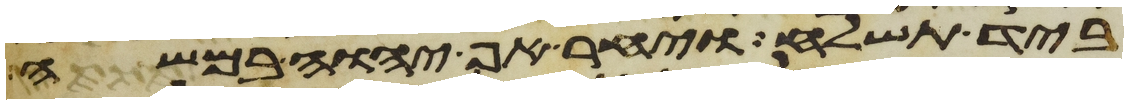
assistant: ביד תשלח ויחר אף יהוה במשה